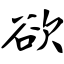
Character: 欲